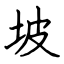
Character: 坡